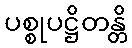
ပစ္စုပဋ္ဌိတန္တိ